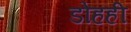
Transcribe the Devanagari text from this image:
डोहही